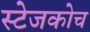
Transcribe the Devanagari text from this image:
स्‍टेजकोच